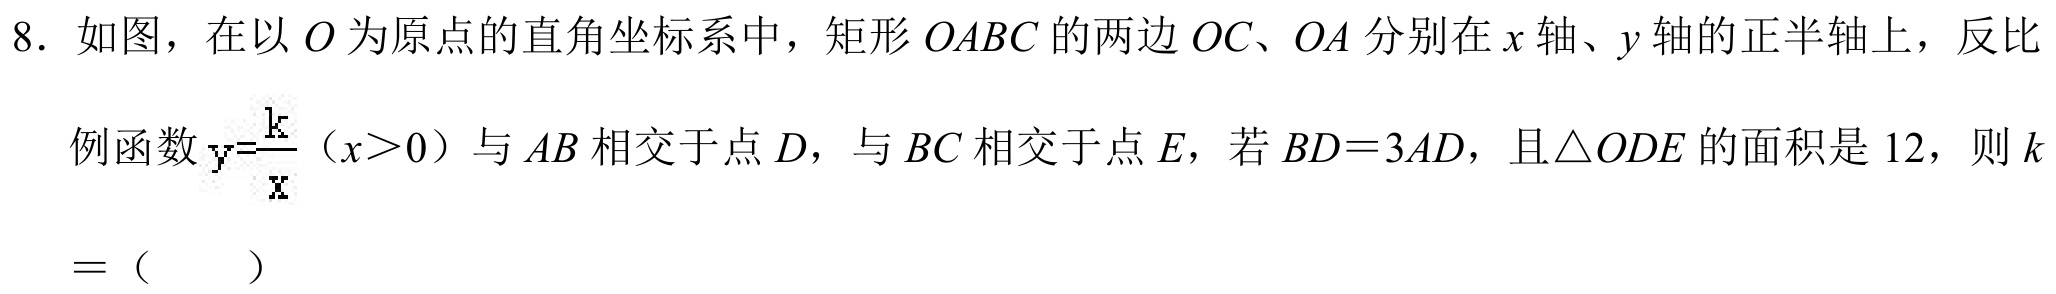
8. 如图，在以$O$为原点的直角坐标系中，矩形$OABC$的两边$OC$、$OA$分别在$x$轴、$y$轴的正半轴上，反比例函数$y = \dfrac{k}{x}(x>0)$与$AB$相交于点$D$，与$BC$相交于点$E$，若$BD = 3AD$，且$\triangle ODE$的面积是$12$，则$k=$（  ）